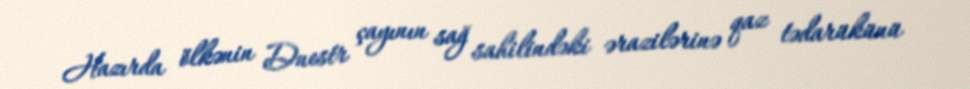
Hazırda ölkənin Dnestr çayının sağ sahilindəki ərazilərinə qaz tədarükünü